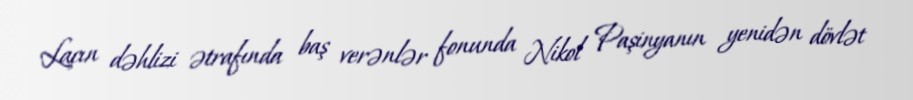
Laçın dəhlizi ətrafında baş verənlər fonunda Nikol Paşinyanın yenidən dövlət